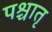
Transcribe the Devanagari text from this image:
पश्चातृ